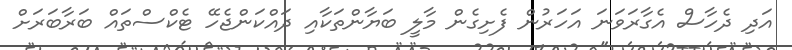
އަދި ދެހާސް އެގާރަވަނަ އަހަރުން ފެށިގެން މާލީ ބަޔާންތަކާއި ދައްކަންޖެހޭ ޓެކްސްތައް ބަރާބަރަށް